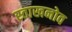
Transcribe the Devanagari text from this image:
स्ताखनोव